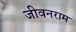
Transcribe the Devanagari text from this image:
जीवनराम